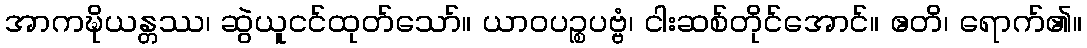
အာကဍ္ဎိယန္တဿ၊ ဆွဲယူငင်ထုတ်သော်။ ယာဝပဉ္စပဗ္ဗံ၊ ငါးဆစ်တိုင်အောင်။ ဧတိ၊ ရောက်၏။